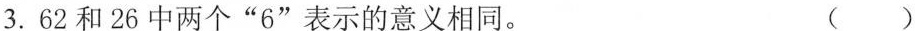
3.62和26中两个”6”表示的意义相同。 ()